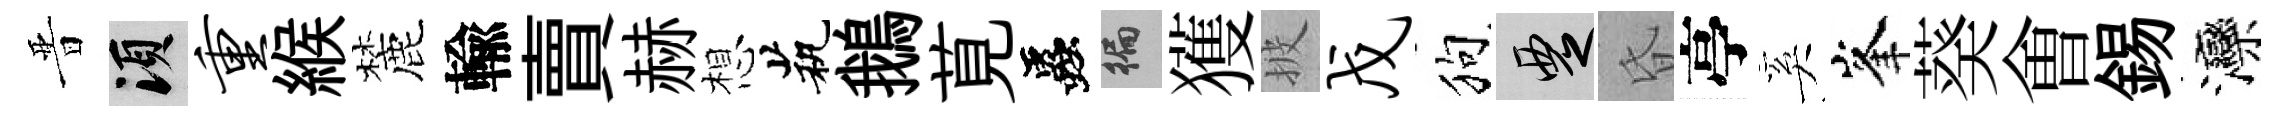
晋須重緱麓輸賣赫想茕鵝莧蟲徧獲披戊狗覂昏亭奚峯葵㑹錫灤